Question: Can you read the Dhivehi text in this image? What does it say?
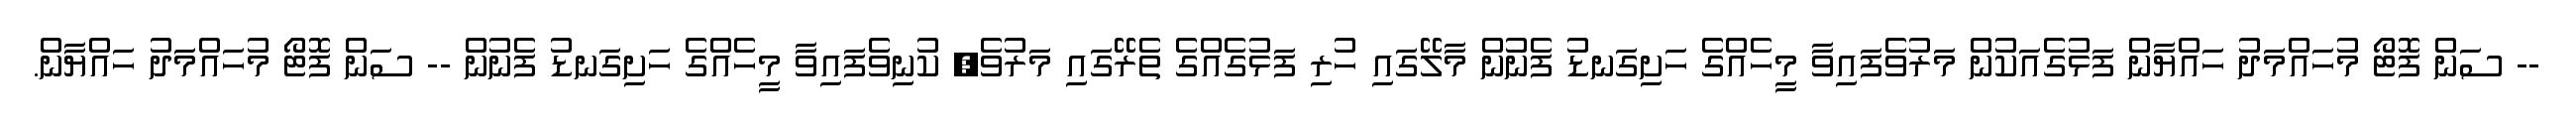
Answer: -- ސަން ފޮޓޯ މުހައްމަދު ހައްޔާން ފަޅުގެއަކުން މަރުވެފައިވާ މީހެއްގެ ހަށިގަނޑު ފެނުން މާލޭގައި ހުރި ފަޅުގެއްގެ ތެރޭގައި މަރުވެ, ކުނިވެފައިވާ މީހެއްގެ ހަށިގަނޑު ފެނުން -- ސަން ފޮޓޯ މުހައްމަދު ހައްޔާން.